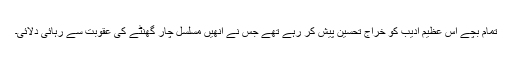
تمام بچے اس عظیم ادیب کو خراج تحسین پیش کر رہے تھے جس نے انھیں مسلسل چار گھنٹے کی عقوبت سے رہائی دلائی۔